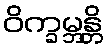
ဝိက္ခမ္ဘန္တိ